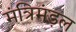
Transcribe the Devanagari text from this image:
मंत्रिमंड़ल